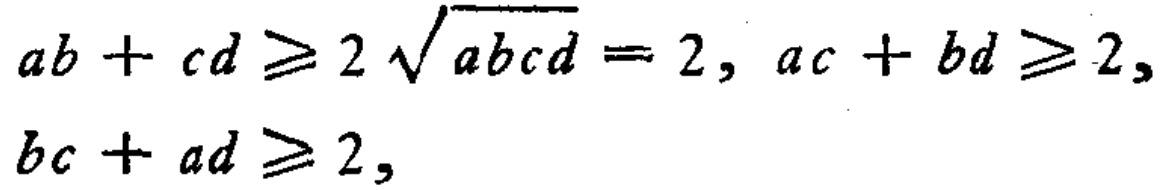
\(ab + cd \geqslant 2\sqrt{abcd}=2, ac + bd \geqslant 2, \\ bc + ad \geqslant 2,\)